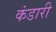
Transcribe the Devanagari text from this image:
कंडारी